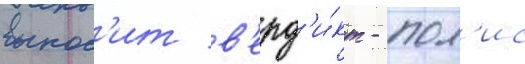
вынос'ит в'ерд'и́кт - пол'ис